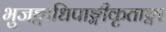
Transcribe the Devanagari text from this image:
भुजङ्गाधिपाङ्गीकृताङ्गा